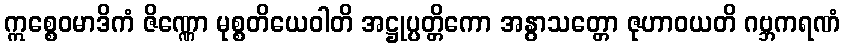
ဣစ္စေဝမာဒိကံ ဇိဏ္ဏော မုစ္စတိယေဝါတိ အဋ္ဌုပ္ပတ္တိကော အနွာသတ္တော ဇုဟာဝယတိ ဂဗ္ဘကရဏံ